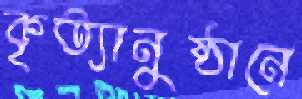
কৃত্যানুষ্ঠানে